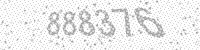
Solution: 888376